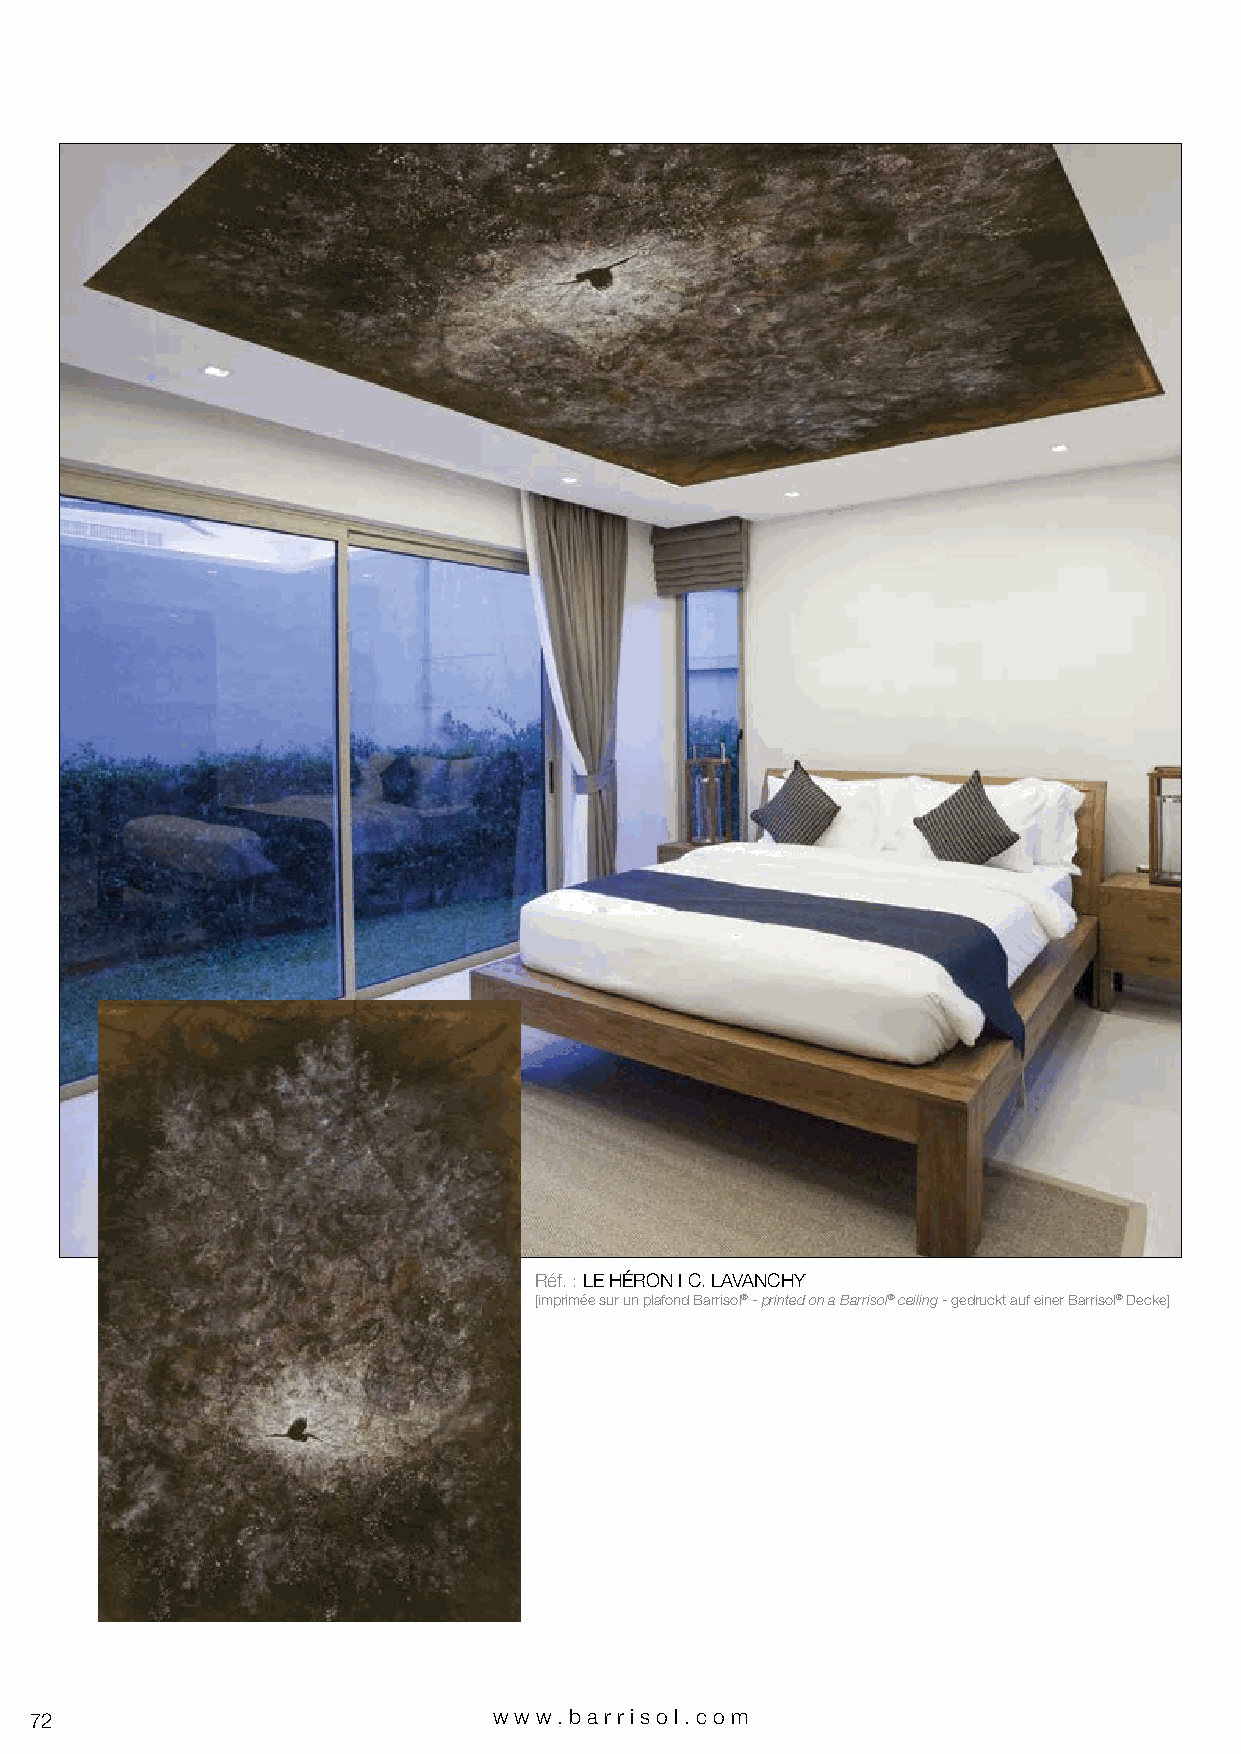
Réf. : LE HÉRON I C. LAVANCHY
 [imprimée sur un plafond Barrisol® - printed on a Barrisol® ceiling - gedruckt auf einer Barrisol® Decke]
 72                             www.bar riso l. com